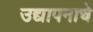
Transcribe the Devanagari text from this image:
उद्यापनाचे